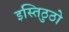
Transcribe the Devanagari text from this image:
इस्तिठुठो